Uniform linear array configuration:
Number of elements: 32
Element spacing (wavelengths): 0.25
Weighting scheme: binomial
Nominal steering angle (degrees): -30
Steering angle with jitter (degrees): -28.045
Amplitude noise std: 0.05
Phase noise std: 0.05

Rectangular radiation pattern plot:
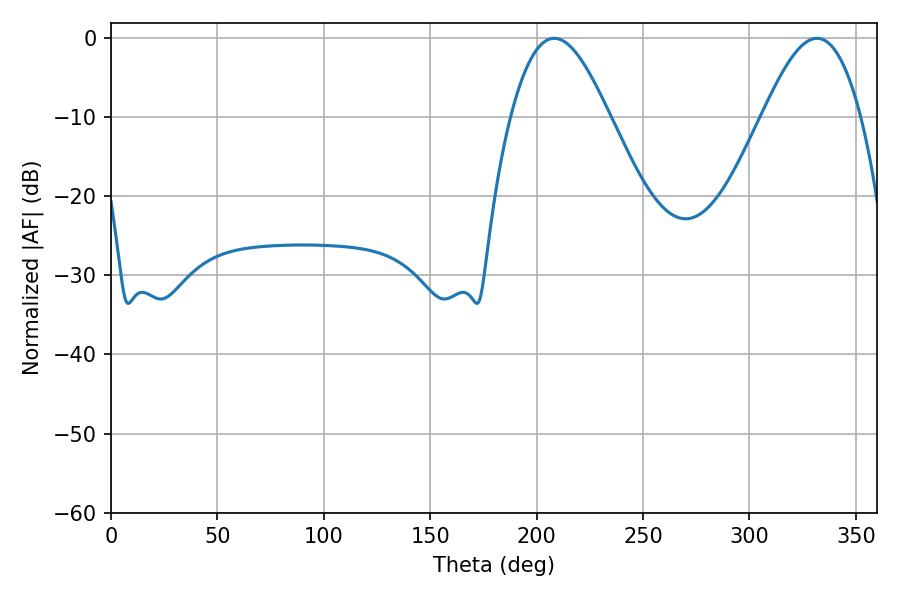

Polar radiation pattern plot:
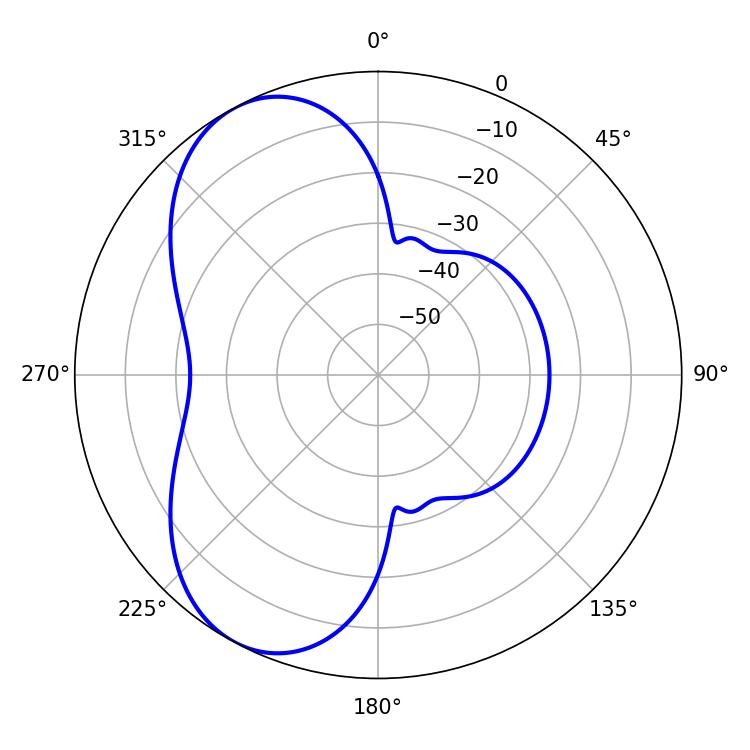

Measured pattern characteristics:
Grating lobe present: FALSE
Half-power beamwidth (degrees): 25.02
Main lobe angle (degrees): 208.26